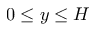
0 \le y \le H